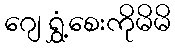
ဂျေ ရွှံ့စေးကိုမိမိ